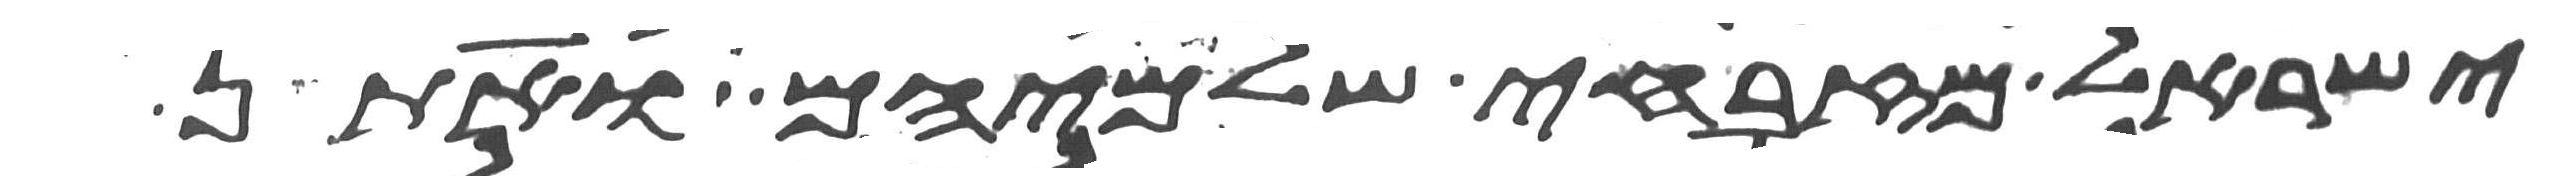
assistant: ישראל מזבחי שלמיהם ואתן